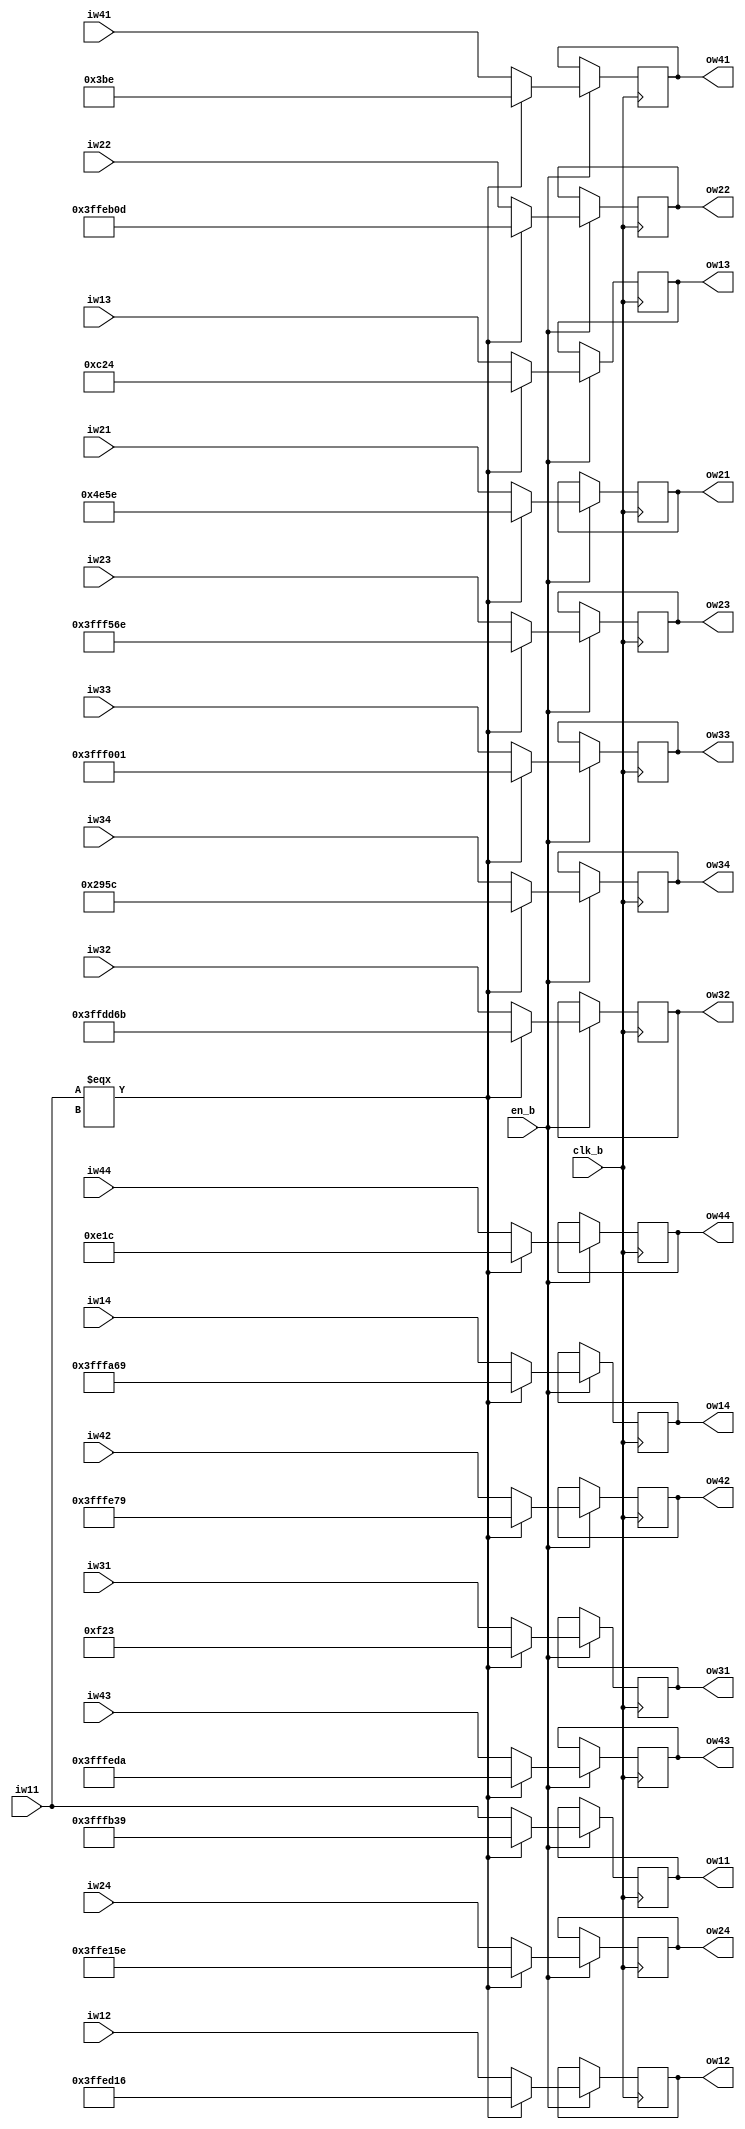
module ONE_UNIT_B_DECISION (
    input clk_b,
    input en_b,

    input signed [25:0] iw11, iw12, iw13, iw14,
    input signed [25:0] iw21, iw22, iw23, iw24,
    input signed [25:0] iw31, iw32, iw33, iw34,
    input signed [25:0] iw41, iw42, iw43, iw44,

    output signed [25:0] ow11, ow12, ow13, ow14,
    output signed [25:0] ow21, ow22, ow23, ow24,
    output signed [25:0] ow31, ow32, ow33, ow34,
    output signed [25:0] ow41, ow42, ow43, ow44
);

reg signed [25:0] ow11_reg, ow12_reg, ow13_reg, ow14_reg;
reg signed [25:0] ow21_reg, ow22_reg, ow23_reg, ow24_reg;
reg signed [25:0] ow31_reg, ow32_reg, ow33_reg, ow34_reg;
reg signed [25:0] ow41_reg, ow42_reg, ow43_reg, ow44_reg;

assign ow11 = ow11_reg;
assign ow12 = ow12_reg;
assign ow13 = ow13_reg;
assign ow14 = ow14_reg;
assign ow21 = ow21_reg;
assign ow22 = ow22_reg;
assign ow23 = ow23_reg;
assign ow24 = ow24_reg;
assign ow31 = ow31_reg;
assign ow32 = ow32_reg;
assign ow33 = ow33_reg;
assign ow34 = ow34_reg;
assign ow41 = ow41_reg;
assign ow42 = ow42_reg;
assign ow43 = ow43_reg;
assign ow44 = ow44_reg;

always @(posedge clk_b) begin
    if (en_b) begin
         if (iw11 === 26'bx) begin
            // ow11_reg <= 26'b1111111111111_1101100111001; //-0.1493
            // ow12_reg <= 26'b1111111111111_0110100010110; //-0.5911
            // ow13_reg <= 26'b0000000000000_0110000100100; //0.37934
            // ow14_reg <= 26'b1111111111111_1101001101001; //-0.1747
            // ow21_reg <= 26'b0000000000010_0111001011110; //2.449
            // ow22_reg <= 26'b1111111111111_0101100001101; //-0.6547
            // ow23_reg <= 26'b1111111111111_1010101101110; //-0.3303
            // ow24_reg <= 26'b1111111111111_0000101011101; //-0.9573
            // ow31_reg <= 26'b0000000000000_0111100100011; //0.473
            // ow32_reg <= 26'b1111111111110_1110101101011; //-1.0807
            // ow33_reg <= 26'b1111111111111_1000000000001; //-0.4999
            // ow34_reg <= 26'b0000000000001_0100101011100; //1.2925
            // ow41_reg <= 26'b0000000000000_0000111011110; //0.1169
            // ow42_reg <= 26'b1111111111111_1111001111001; //-0.0477
            // ow43_reg <= 26'b1111111111111_1111001111001;//-0.0359
            // ow44_reg <= 26'b0000000000000_0111000011100; //0.4409
            
            ow11_reg <= -26'd1223; //-0.1493
            ow12_reg <= -26'd4842; //-0.5911
            ow13_reg <= 26'd3108; //0.37934
            ow14_reg <= -26'd1431; //-0.1747
            ow21_reg <= 26'd20062; //2.449
            ow22_reg <= -26'd5363; //-0.6547
            ow23_reg <= -26'd2706; //-0.3303
            ow24_reg <= -26'd7842; //-0.9573
            ow31_reg <= 26'd3875; //0.473
            ow32_reg <= -26'd8853; //-1.0807
            ow33_reg <= -26'd4095; //-0.4999
            ow34_reg <= 26'd10588; //1.2925
            ow41_reg <= 26'd958; //0.1169
            ow42_reg <= -26'd391; //-0.0477
            ow43_reg <= -26'd294;//-0.0359
            ow44_reg <= 26'd3612; //0.4409
        end else begin
            ow11_reg <= iw11;
            ow12_reg <= iw12;
            ow13_reg <= iw13;
            ow14_reg <= iw14;
            ow21_reg <= iw21;
            ow22_reg <= iw22;
            ow23_reg <= iw23;
            ow24_reg <= iw24;
            ow31_reg <= iw31;
            ow32_reg <= iw32;
            ow33_reg <= iw33;
            ow34_reg <= iw34;
            ow41_reg <= iw41;
            ow42_reg <= iw42;
            ow43_reg <= iw43;
            ow44_reg <= iw44;
        end
    end
end
    
endmodule